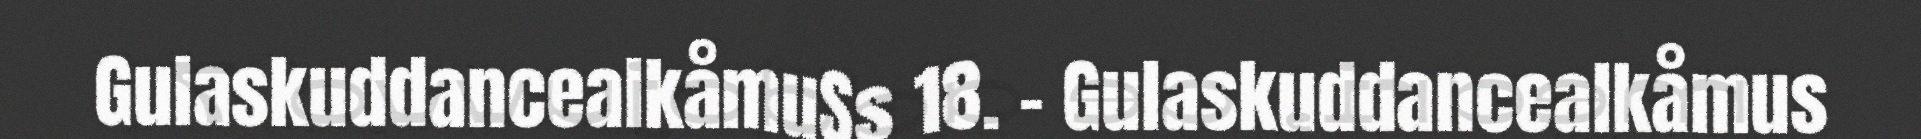
GulaskuddancealkåmuSs 18. - Gulaskuddancealkåmus